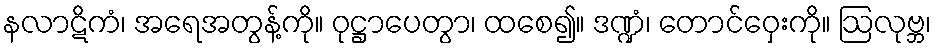
နလာဋိကံ၊ အရေအတွန့်ကို။ ဝုဋ္ဌာပေတွာ၊ ထစေ၍။ ဒဏ္ဍံ၊ တောင်ဝှေးကို။ ဩလုဗ္ဘ၊